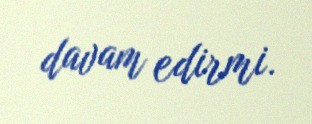
davam edirmi.